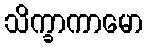
သိက္ခာကာမော